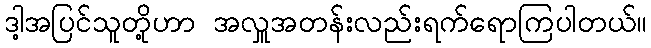
ဒါ့အပြင်သူတို့ဟာ အလှူအတန်းလည်းရက်ရောကြပါတယ်။